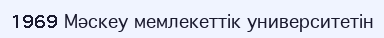
1969 Мәскеу мемлекеттік университетін